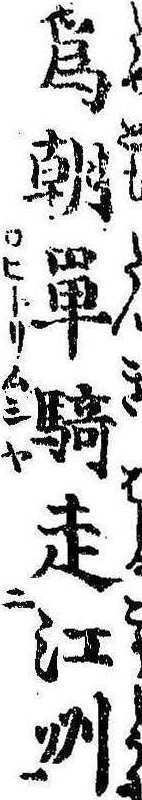
為朝単騎走江州